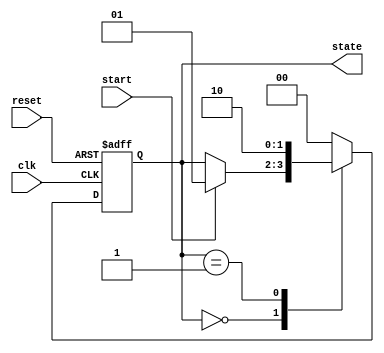
module fsm_example (
    input wire clk,        // Clock signal
    input wire reset,      // Asynchronous reset signal
    input wire start,      // Input signal to start the state machine
    output reg [1:0] state // 2-bit state output
);

// State encoding
localparam IDLE    = 2'b00;
localparam RUNNING = 2'b01;
localparam DONE    = 2'b10;

// Sequential logic block
always @(posedge clk or posedge reset) begin
    if (reset) begin
        // Reset state
        state <= IDLE;
    end else begin
        // State transition logic
        case (state)
            IDLE: begin
                if (start) begin
                    state <= RUNNING; // Transition to RUNNING state
                end
            end
            RUNNING: begin
                // Perform some operations here
                // Transition to DONE state after some condition
                state <= DONE; // For demonstration, transition to DONE
            end
            DONE: begin
                // Optionally, return to IDLE or stay in DONE
                state <= IDLE; // For demonstration, transition back to IDLE
            end
            default: state <= IDLE; // Default case to handle unexpected states
        endcase
    end
end

endmodule